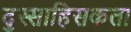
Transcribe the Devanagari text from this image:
दुस्साहिसकता